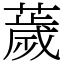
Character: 薉